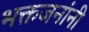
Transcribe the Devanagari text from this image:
भक्तजनांनी